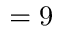
= 9